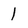
Character: 1